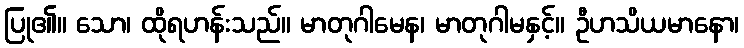
ပြု၏။ သော၊ ထိုရဟန်းသည်။ မာတုဂါမေန၊ မာတုဂါမနှင့်။ ဦဟသိယမာနော၊